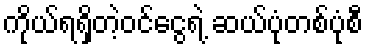
ကိုယ်ရရှိတဲ့ဝင်ငွေရဲ့ ဆယ်ပုံတစ်ပုံစီ